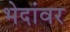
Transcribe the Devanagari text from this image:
भेदांवर